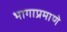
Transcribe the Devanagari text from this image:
भागाप्रमाणे